画像に写った文字を読んでください
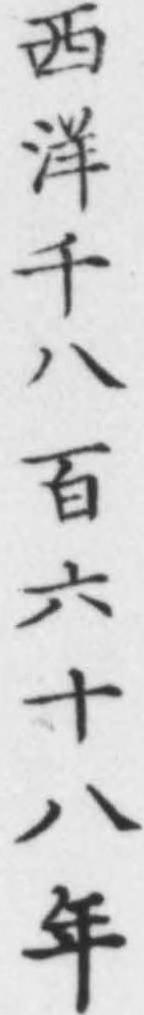
「西洋千八百六十八年」と書いてあります